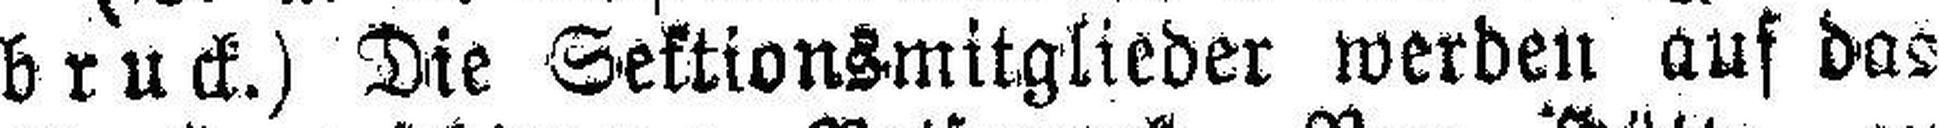
bruck.) Die Sektionsmitglieder werden auf das